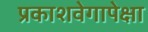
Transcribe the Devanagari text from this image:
प्रकाशवेगापेक्षा